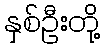
နှစ်ဦးတို့